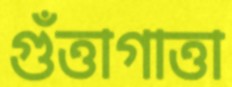
গুঁত্তাগাত্তা